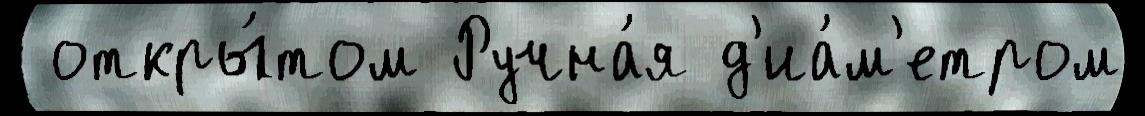
 откры́том Ручна́я д'иа́м'етром